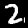
Label: 2